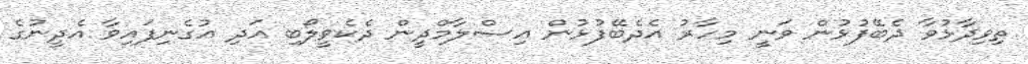
ތިވިދާޅުވާ ދެބޭފުޅުން ވަނީ މިހާރު އެދެބޭފުޅުން އިސްލާމްދީން ދެކެވީލޯބި އަދި އުގެނިފައިވާ އެދީނުގެ